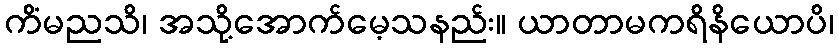
ကိံမညသိ၊ အသို့အောက်မေ့သနည်း။ ယာတာမကရိနိယောပိ၊